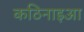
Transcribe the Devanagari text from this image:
कठिनाइआ